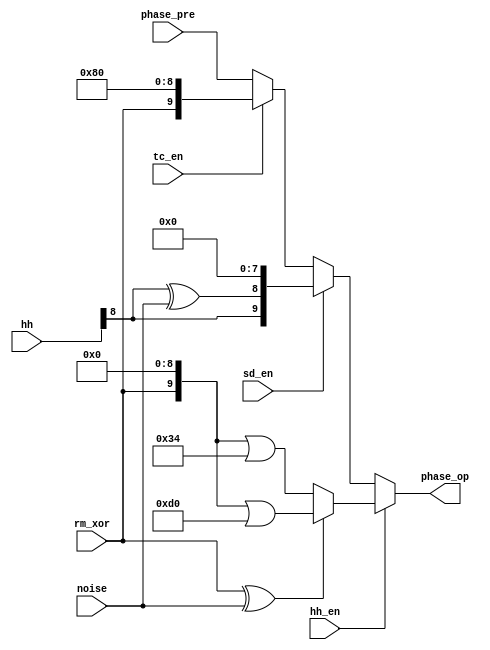
/*  This file is part of JTOPL.

    JTOPL is free software: you can redistribute it and/or modify
    it under the terms of the GNU General Public License as published by
    the Free Software Foundation, either version 3 of the License, or
    (at your option) any later version.

    JTOPL is distributed in the hope that it will be useful,
    but WITHOUT ANY WARRANTY; without even the implied warranty of
    MERCHANTABILITY or FITNESS FOR A PARTICULAR PURPOSE.  See the
    GNU General Public License for more details.

    You should have received a copy of the GNU General Public License
    along with JTOPL.  If not, see <http://www.gnu.org/licenses/>.
    
    Author: Jose Tejada Gomez. Twitter: @topapate
    Version: 1.0
    Date: 25-6-2020
    
    */

module jtopl_pg_rhy (
    input wire       [ 9:0]  phase_pre,
    // Rhythm
    input wire              noise,
    input wire      [ 9:0]  hh,
    input wire              hh_en,
    input wire              tc_en,
    input wire              sd_en,
    input wire              rm_xor,
    output reg  [ 9:0]  phase_op
);

always @(*) begin
    if( hh_en ) begin
        phase_op = {rm_xor, 9'd0 };
        if( rm_xor ^ noise )
            phase_op = phase_op | 10'hd0;
        else
            phase_op = phase_op | 10'h34;
    end else if( sd_en ) begin
        phase_op = { hh[8], hh[8]^noise, 8'd0 };
    end else if( tc_en ) begin
        phase_op = { rm_xor, 9'h80 };
    end else
        phase_op = phase_pre;
end

endmodule // jtopl_pg_sum